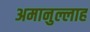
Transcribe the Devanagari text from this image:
अमानुल्लाह